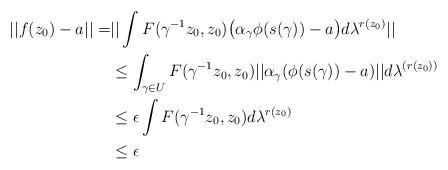
LaTeX: \begin{align*}||f(z_0)-a||=& || \int F(\gamma^{-1}z_{0},z_{0})\big(\alpha_{\gamma}\phi(s(\gamma))-a\big)d\lambda^{r(z_{0})}|| \\ & \leq \int_{\gamma \in U} F(\gamma^{-1}z_{0},z_{0})||\alpha_{\gamma}(\phi(s(\gamma))-a)||d\lambda^{(r(z_0))} \\ & \leq \epsilon \int F(\gamma^{-1}z_{0},z_{0})d\lambda^{r(z_0)} \\ & \leq \epsilon\end{align*}